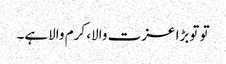
تو توبڑا عزت والا، کرم والاہے۔